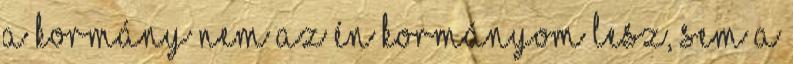
a kormány nem az én kormányom lesz, sem a